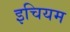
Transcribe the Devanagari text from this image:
इचियम